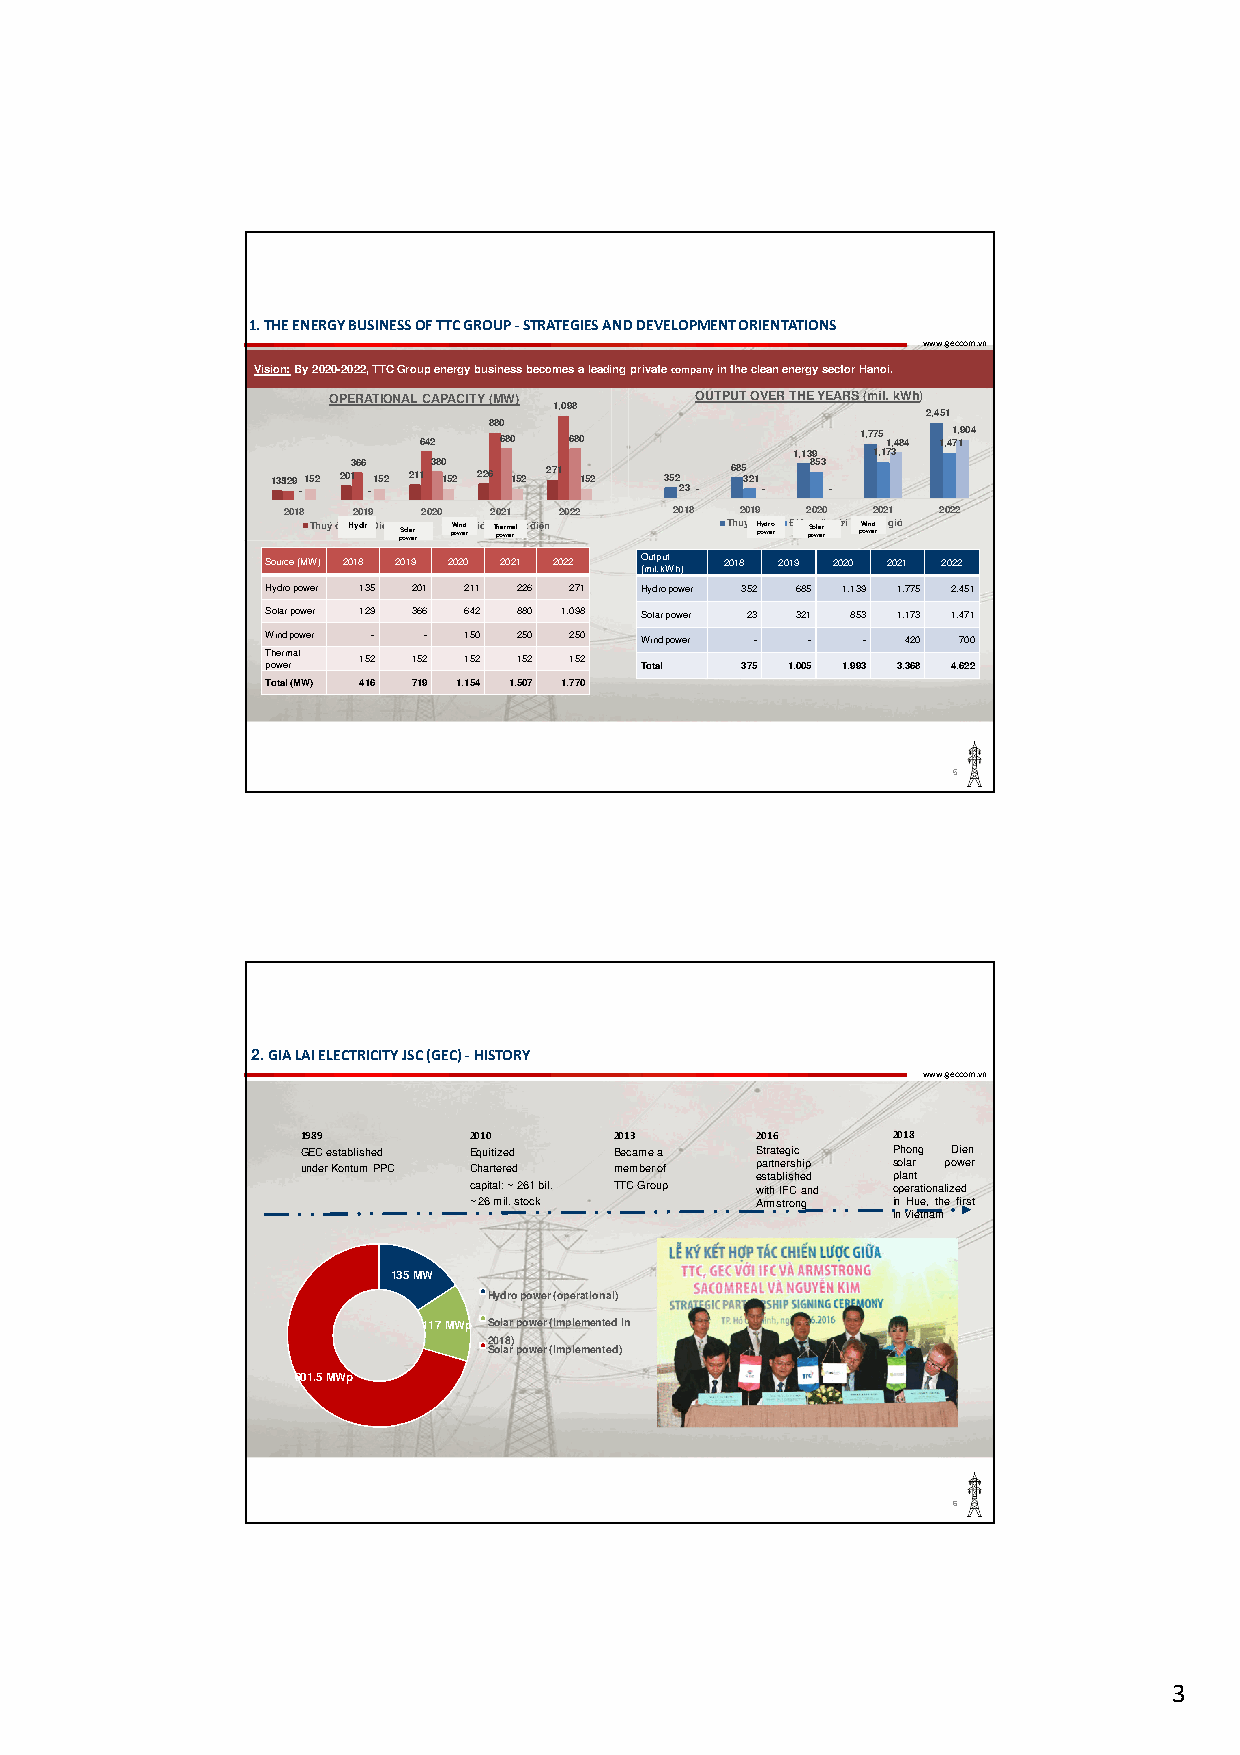
1.THEENERGYBUSINESSOFTTCGROUP-STRATEGIESANDDEVELOPMENTORIENTATIONS
 www.geccom.vn
 Vision:By2020-2022,TTCGroupenergybusinessbecomesaleadingprivatecompanyinthecleanenergysectorHanoi.
 OPERATIONAL CAPACITY(MW) OUTPUT OVER THE YEARS (mil. kWh)
 1,098
 2,451
 880
 642  680  680                1,775 1,484 1,41 7, 19 04
 1,139 1,173
 1351 29 152 2013 66 152 211 380 1 52 226 152 271 152 352 685 3 21 853
 -   -                    23 - -    -
 2018 2019 2020 2021 2022  2018 2019 2020 2021 2022
 Thuỷ điệHnydrĐiện m pS oặo wlta e rt r rời Đ pW oii wện edn r gió T ph oe wNrm eh rali ệt điện Thuỷ đ pHiệ oy wdnr eo r Điện pS omo wla eặr r t trời pW oĐi wn eidệ r n gió
 Source (MW) 2018 2019 2020 2021 2022 O (mu it lp . ku Wt h) 2018 2019 2020 2021 2022
 Hydro power 135 201 211 226 271 Hydro power 352 685 1.139 1.775 2.451
 Solar power 129 366 642 880 1.098 Solar power 23 321 853 1.173 1.471
 Wind power - - 150 250 250 Wind power - - - 420 700
 T poh wer em ral 152 152 152 152 152
 Total  375 1.005 1.993 3.368 4.622
 Total (MW) 416 719 1.154 1.507 1.770
 5
 2.GIALAIELECTRICITYJSC(GEC)-HISTORY
 www.geccom.vn
 1989       2010      2013     2016     2018
 GEC established Equitized Became a Strategic Phong Dien
 under Kontum PPC Chartered member of partnership solar power
 established plant
 capital: ~ 261 bil. TTC Group withIFCand operationalized
 ~ 26 mil. stock    Armstrong inHue,thefirst
 inVietnam
 135 MW
 Hydro power (operational)
 117 MWp Solar power (implemented in
 2018)
 Solar power (implemented)
 601.5 MWp
 6
 3